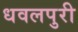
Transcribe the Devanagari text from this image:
धवलपुरी